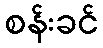
စန်းခင်